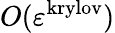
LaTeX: O(\varepsilon^{\mathrm{krylov}})